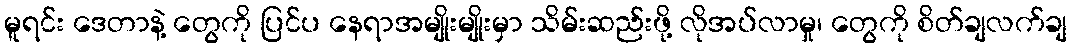
မူရင်း ဒေတာနဲ့ တွေကို ပြင်ပ နေရာအမျိုးမျိုးမှာ သိမ်းဆည်းဖို့ လိုအပ်လာမှု၊ တွေကို စိတ်ချလက်ချ